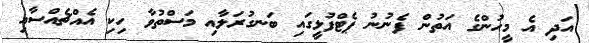
އަދި އެ މީހުންގެ އަތުން ފެނުނު ޕެޓްފުޅީގައި ބަނގުރަލާއި މަސްތުވާ ހިކި އެއްޗެއްސާއި